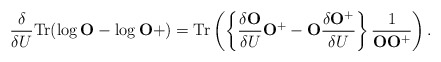
\begin{align*}\frac{\delta}{\delta U}{\rm Tr}(\log {\bf O}-\log {\bf O}+)={\rm Tr}\left(\left\{\frac{\delta{\bf O}}{\delta U}{\bf O}^+-{\bf O}\frac{\delta{\bf O}^+}{\delta U}\right\}\frac{1}{{\bf O}{\bf O}^+}\right).\end{align*}